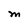
Character: M